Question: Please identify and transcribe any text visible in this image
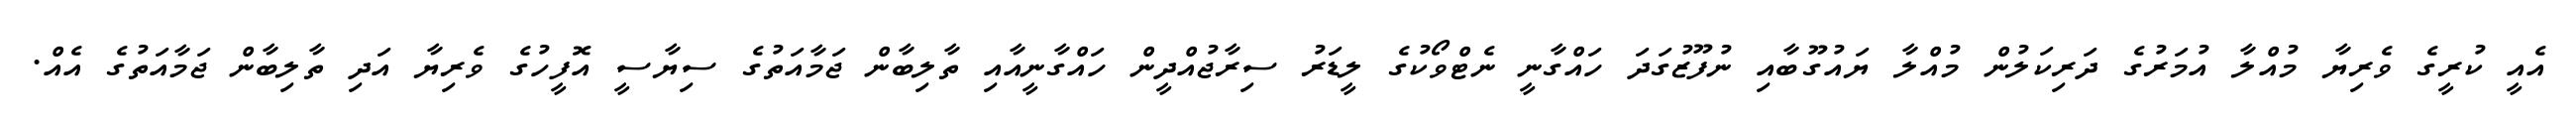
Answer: އެއީ ކުރީގެ ވެރިޔާ މުއްލާ އުމަރުގެ ދަރިކަލުން މުއްލާ ޔައުގޫބާއި ނުފޫޒުގަދަ ހައްގާނީ ނެޓްވޯކުގެ ލީޑަރު ސިރާޖުއްދީން ހައްގާނީއާއި ތާލިބާން ޖަމާއަތުގެ ސިޔާސީ އޮފީހުގެ ވެރިޔާ އަދި ތާލިބާން ޖަމާއަތުގެ އެއް.